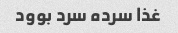
غذا سرده سرد بوود